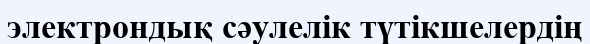
электрондық сәулелік түтікшелердің